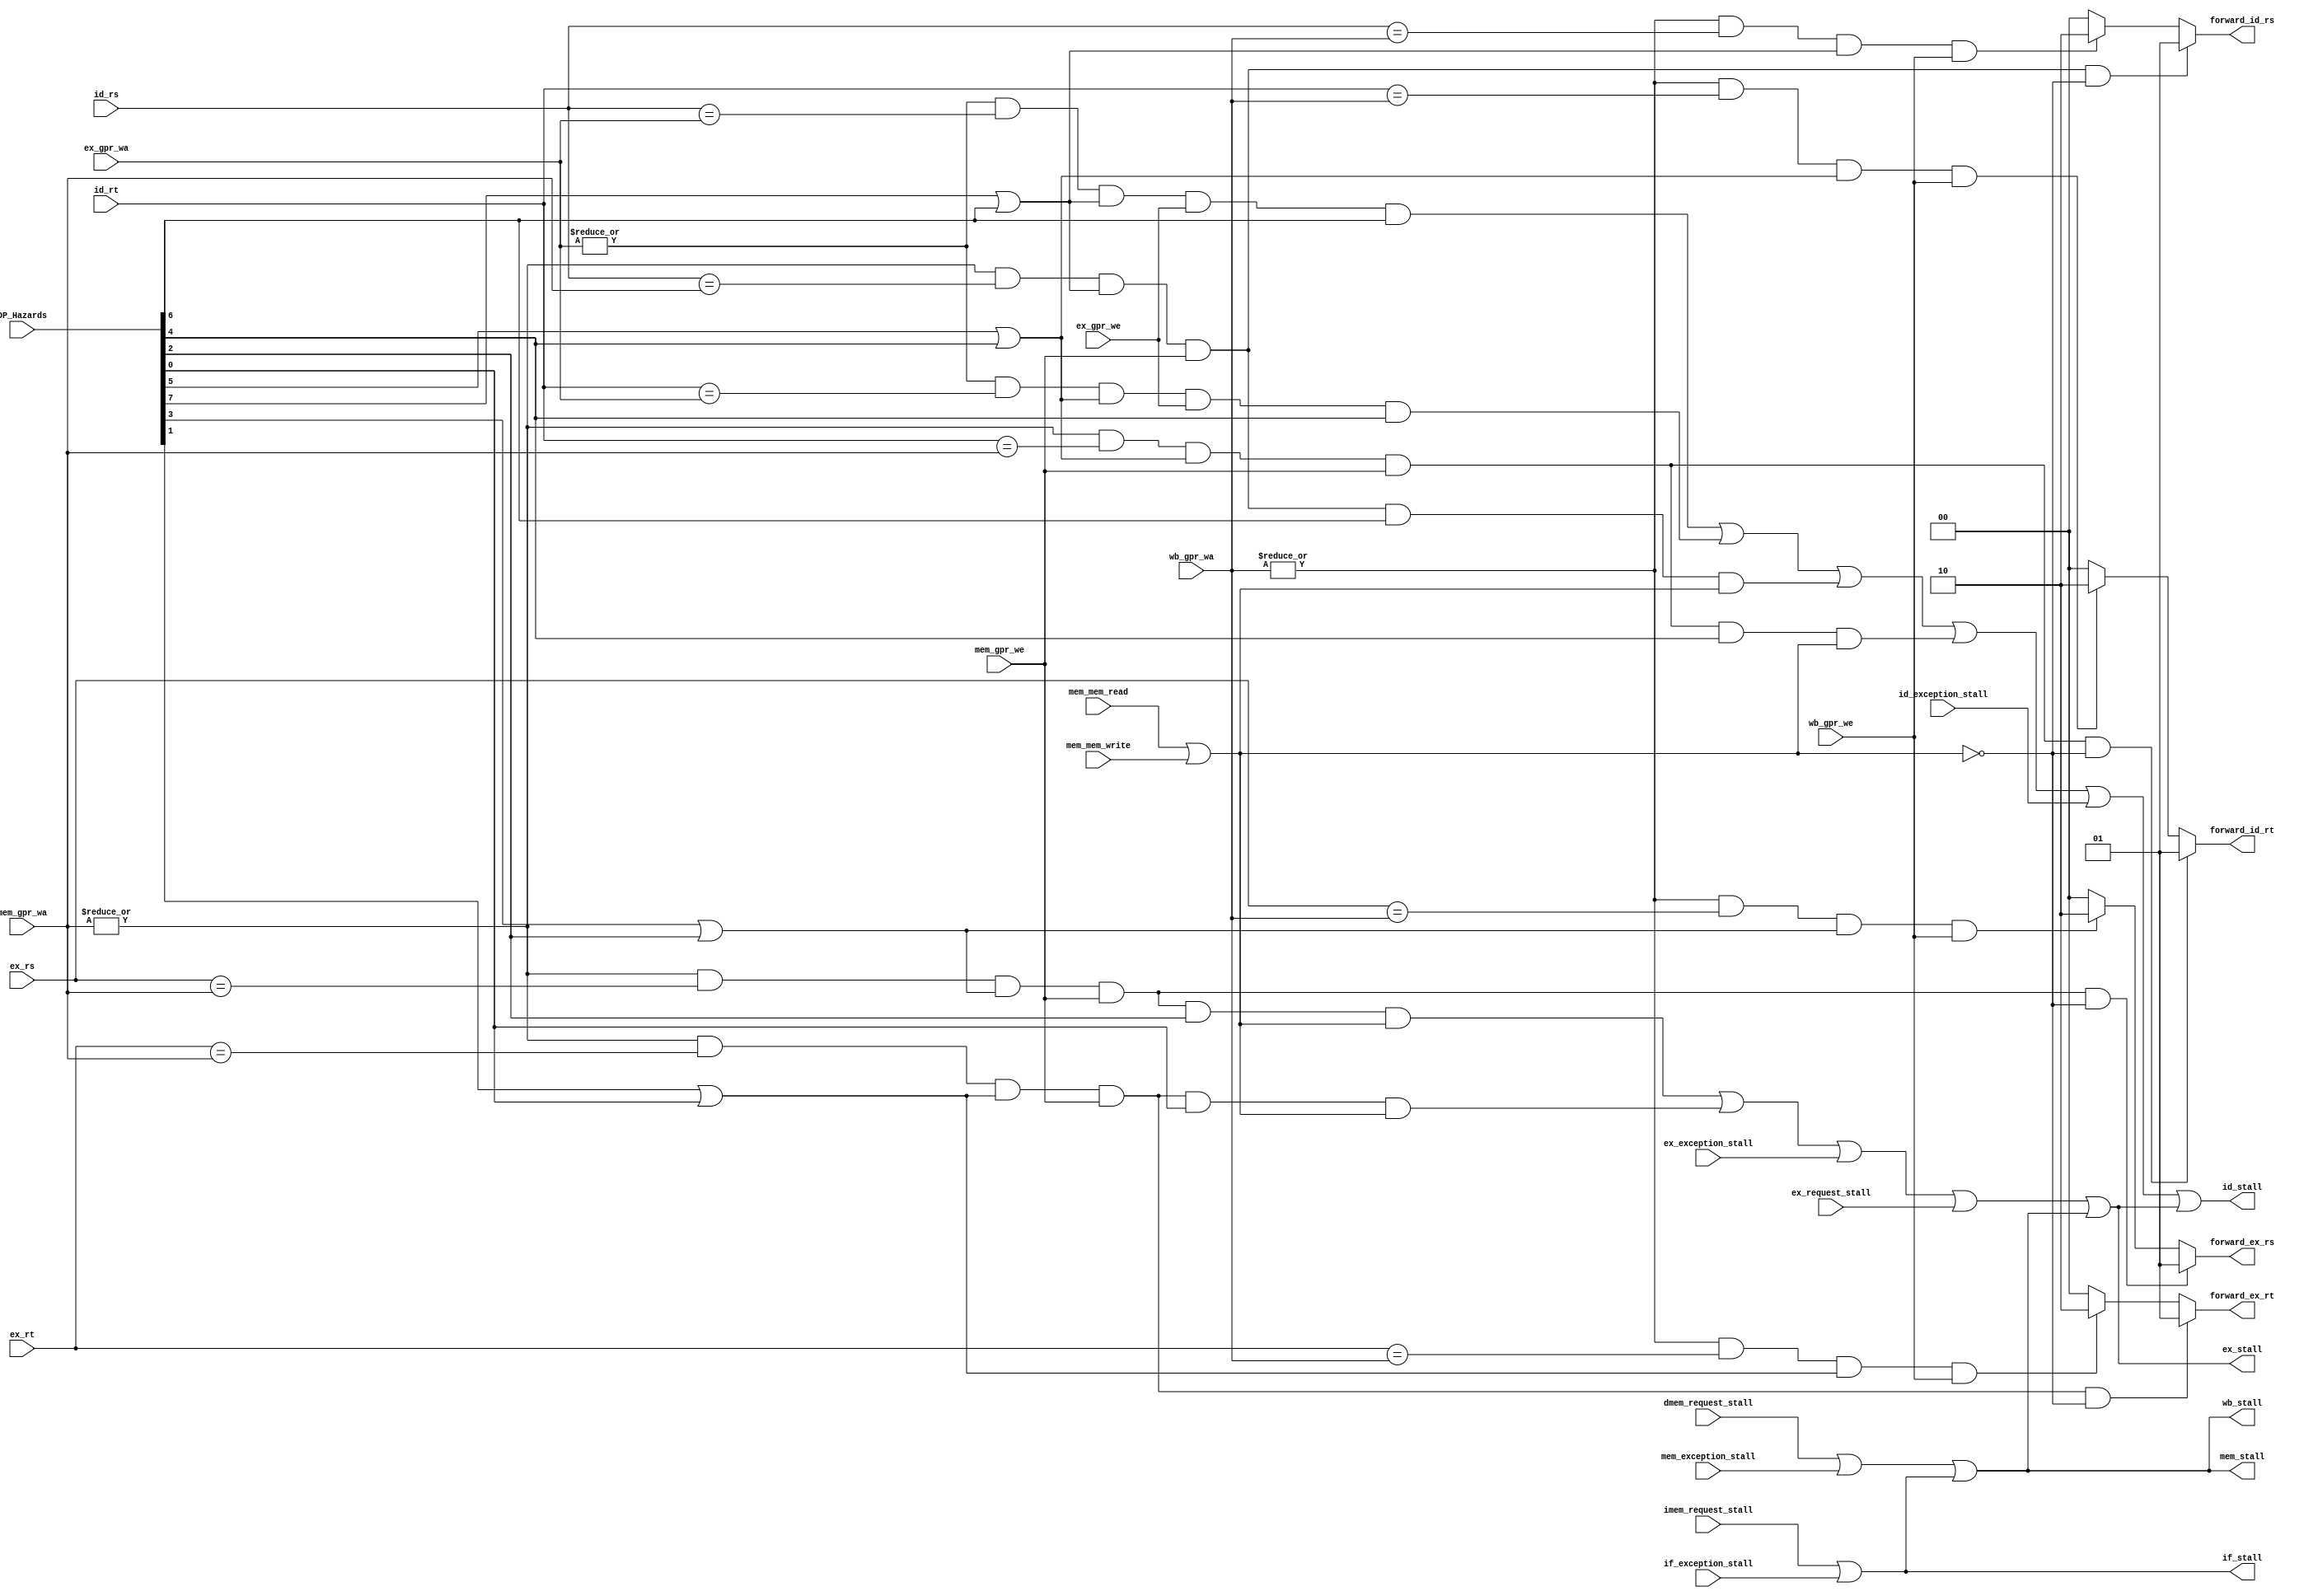
module antares_hazard_unit (
                            input [7:0]  DP_Hazards,          //
                            input [4:0]  id_rs,               // Rs @ ID stage
                            input [4:0]  id_rt,               // Rt @ ID stage
                            input [4:0]  ex_rs,               // Rs @ EX stage
                            input [4:0]  ex_rt,               // Rt @ EX stage
                            input [4:0]  ex_gpr_wa,           // Write Address @ EX stage
                            input [4:0]  mem_gpr_wa,          // Write Address @ MEM stage
                            input [4:0]  wb_gpr_wa,           // Write Address @ WB stage
                            input        ex_gpr_we,           // GPR write enable @ EX
                            input        mem_gpr_we,          // GPR write enable @ MEM
                            input        wb_gpr_we,           // GPR write enable @ WB
                            input        mem_mem_write,       //
                            input        mem_mem_read,        //
                            input        ex_request_stall,    // Ex unit request a stall
                            input        dmem_request_stall,  // LSU: stall for Data access
                            input        imem_request_stall,  // LSU: stall for Instruction Fetch
                            input        if_exception_stall,  // Stall waiting for possible exception
                            input        id_exception_stall,  // Stall waiting for possible exception
                            input        ex_exception_stall,  // Stall waiting for possible exception
                            input        mem_exception_stall, //
                            output [1:0] forward_id_rs,       // Forwarding Rs multiplexer: Selector @ ID
                            output [1:0] forward_id_rt,       // Forwarding Rt multiplexer: Selector @ ID
                            output [1:0] forward_ex_rs,       // Forwarding Rs multiplexer: Selector @ EX
                            output [1:0] forward_ex_rt,       // Forwarding Rt multiplexer: Selector @ EX
                            output       if_stall,            // Stall pipeline register
                            output       id_stall,            // Stall pipeline register
                            output       ex_stall,            // Stall pipeline register
                            //output       ex_stall_unit;     // Stall the EX unit.
                            output       mem_stall,           // Stall pipeline register
                            output       wb_stall             // Stall pipeline register
                            );

    //--------------------------------------------------------------------------
    // Signal Declaration: wire
    //--------------------------------------------------------------------------
    // no forwarding if reading register zero
    wire         ex_wa_nz;
    wire         mem_wa_nz;
    wire         wb_wa_nz;
    // Need/Want signals
    wire         WantRsID;
    wire         WantRtID;
    wire         WantRsEX;
    wire         WantRtEX;
    wire         NeedRsID;
    wire         NeedRtID;
    wire         NeedRsEX;
    wire         NeedRtEX;
    // verify match: register address and write address (EX, MEM & WB)
    wire         id_ex_rs_match;
    wire         id_ex_rt_match;
    wire         id_mem_rs_match;
    wire         id_mem_rt_match;
    wire         id_wb_rs_match;
    wire         id_wb_rt_match;
    wire         ex_mem_rs_match;
    wire         ex_mem_rt_match;
    wire         ex_wb_rs_match;
    wire         ex_wb_rt_match;
    // stall signals
    wire         stall_id_1;
    wire         stall_id_2;
    wire         stall_id_3;
    wire         stall_id_4;
    wire         stall_ex_1;
    wire         stall_ex_2;

    // forward signals
    wire         forward_mem_id_rs;
    wire         forward_mem_id_rt;
    wire         forward_wb_id_rs;
    wire         forward_wb_id_rt;
    wire         forward_mem_ex_rs;
    wire         forward_mem_ex_rt;
    wire         forward_wb_ex_rs;
    wire         forward_wb_ex_rt;

    //--------------------------------------------------------------------------
    // assignments
    //--------------------------------------------------------------------------
    assign WantRsID = DP_Hazards[7];
    assign NeedRsID = DP_Hazards[6];
    assign WantRtID = DP_Hazards[5];
    assign NeedRtID = DP_Hazards[4];
    assign WantRsEX = DP_Hazards[3];
    assign NeedRsEX = DP_Hazards[2];
    assign WantRtEX = DP_Hazards[1];
    assign NeedRtEX = DP_Hazards[0];

    // Check if the register to use is $zero
    assign ex_wa_nz  = |(ex_gpr_wa);
    assign mem_wa_nz = |(mem_gpr_wa);
    assign wb_wa_nz  = |(wb_gpr_wa);

    // ID dependencies
    assign id_ex_rs_match  = (ex_wa_nz)  & (id_rs == ex_gpr_wa)  & (WantRsID | NeedRsID) & ex_gpr_we;
    assign id_ex_rt_match  = (ex_wa_nz)  & (id_rt == ex_gpr_wa)  & (WantRtID | NeedRtID) & ex_gpr_we;
    assign id_mem_rs_match = (mem_wa_nz) & (id_rs == mem_gpr_wa) & (WantRsID | NeedRsID) & mem_gpr_we;
    assign id_mem_rt_match = (mem_wa_nz) & (id_rt == mem_gpr_wa) & (WantRtID | NeedRtID) & mem_gpr_we;
    assign id_wb_rs_match  = (wb_wa_nz)  & (id_rs == wb_gpr_wa)  & (WantRsID | NeedRsID) & wb_gpr_we;
    assign id_wb_rt_match  = (wb_wa_nz)  & (id_rt == wb_gpr_wa)  & (WantRtID | NeedRtID) & wb_gpr_we;
    // EX dependencies
    assign ex_mem_rs_match = (mem_wa_nz) & (ex_rs == mem_gpr_wa) & (WantRsEX | NeedRsEX) & mem_gpr_we;
    assign ex_mem_rt_match = (mem_wa_nz) & (ex_rt == mem_gpr_wa) & (WantRtEX | NeedRtEX) & mem_gpr_we;
    assign ex_wb_rs_match  = (wb_wa_nz)  & (ex_rs == wb_gpr_wa)  & (WantRsEX | NeedRsEX) & wb_gpr_we;
    assign ex_wb_rt_match  = (wb_wa_nz)  & (ex_rt == wb_gpr_wa)  & (WantRtEX | NeedRtEX) & wb_gpr_we;

    // stall signals
    assign stall_id_1 = id_ex_rs_match & NeedRsID; // Needs data from EX (Rs)
    assign stall_id_2 = id_ex_rt_match & NeedRtID; // Needs data from EX (Rt)
    assign stall_id_3 = id_mem_rs_match & NeedRsID & (mem_mem_read | mem_mem_write); // Needs data from MEM (Rs)
    assign stall_id_4 = id_mem_rt_match & NeedRtID & (mem_mem_read | mem_mem_write); // Needs data from MEM (Rt)
    assign stall_ex_1 = ex_mem_rs_match & NeedRsEX & (mem_mem_read | mem_mem_write); // Needs data from MEM (Rs)
    assign stall_ex_2 = ex_mem_rt_match & NeedRtEX & (mem_mem_read | mem_mem_write); // Needs data from MEM (Rt)

    // forwarding signals
    assign forward_mem_id_rs = id_mem_rs_match & ~(mem_mem_read | mem_mem_write); // forward if not mem access
    assign forward_mem_id_rt = id_mem_rt_match & ~(mem_mem_read | mem_mem_write); // forward if not mem access;
    assign forward_wb_id_rs  = id_wb_rs_match;
    assign forward_wb_id_rt  = id_wb_rt_match;
    assign forward_mem_ex_rs = ex_mem_rs_match & ~(mem_mem_read | mem_mem_write);
    assign forward_mem_ex_rt = ex_mem_rt_match & ~(mem_mem_read | mem_mem_write);
    assign forward_wb_ex_rs  = ex_wb_rs_match;
    assign forward_wb_ex_rt  = ex_wb_rt_match;

    //--------------------------------------------------------------------------
    // Assign stall signals
    //--------------------------------------------------------------------------
    assign wb_stall  = mem_stall;
    assign mem_stall = dmem_request_stall | mem_exception_stall | if_stall; // check the if_stall
    assign ex_stall  = stall_ex_1 | stall_ex_2 | ex_exception_stall | ex_request_stall | mem_stall;
    assign id_stall  = stall_id_1 | stall_id_2 | stall_id_3 | stall_id_4 | id_exception_stall | ex_stall;
    assign if_stall  = imem_request_stall | if_exception_stall;

    //--------------------------------------------------------------------------
    // forwarding control signals
    //--------------------------------------------------------------------------
    // sel | ID stage           | EX stage
    //--------------------------------------------------------------------------
    // 00 -> ID (no forwarding) | EX (no forwarding)
    // 01 -> MEM                | MEM
    // 10 -> WB                 | WB
    // 11 -> don't care         | don't care
    //--------------------------------------------------------------------------
    assign forward_id_rs = (forward_mem_id_rs) ? 2'b01 : ((forward_wb_id_rs) ? 2'b10 : 2'b00);
    assign forward_id_rt = (forward_mem_id_rt) ? 2'b01 : ((forward_wb_id_rt) ? 2'b10 : 2'b00);
    assign forward_ex_rs = (forward_mem_ex_rs) ? 2'b01 : ((forward_wb_ex_rs) ? 2'b10 : 2'b00);
    assign forward_ex_rt = (forward_mem_ex_rt) ? 2'b01 : ((forward_wb_ex_rt) ? 2'b10 : 2'b00);
endmodule